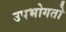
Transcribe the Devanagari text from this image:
उपभोगतो